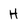
Character: H